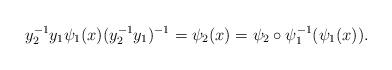
LaTeX: \begin{align*}y_2^{-1}y_1\psi_1(x) (y_2^{-1}y_1)^{-1}= \psi_2(x) = \psi_2\circ \psi_1^{-1}(\psi_1(x)).\end{align*}